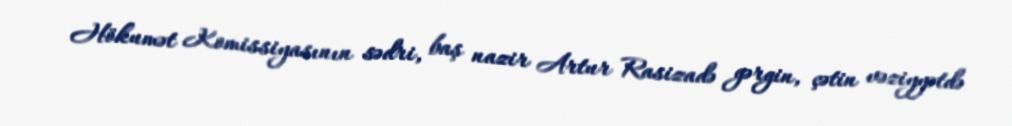
Hökumət Komissiyasının sədri, baş nazir Artur Rasizadə gərgin, çətin vəziyyətdə